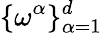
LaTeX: \{ \omega^{\alpha}\} _{\alpha=1}^{d}